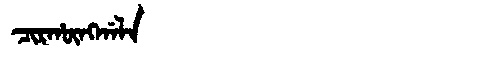
Manchu: ᠴᡳᡵᡥᡡᠩᡤᠠᠯᠠ
Romanization: CIRHŪNGGALA